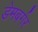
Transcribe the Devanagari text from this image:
डेमबर्गर